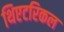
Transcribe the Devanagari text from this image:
थिएटरिकल